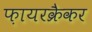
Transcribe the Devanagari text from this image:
फ़ायरक्रैकर